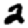
Digit: 2